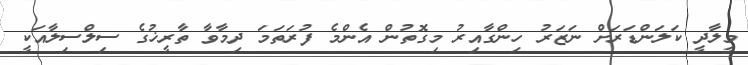
މީލާދީ ކަލަންޑަރަށް ނަޒަރު ހިންގާއިރު މިގޮތުން އެންމެ ފުރަތަމަ ދިމާވާ ތާރީޚުގެ ސިލްސިލާއަކީ